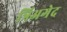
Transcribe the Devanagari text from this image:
त्रिअगेद